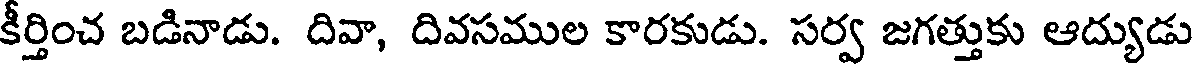
కీర్తించ బడినాడు. దివా, దివసముల కారకుడు. సర్వ జగత్తుకు ఆద్యుడు